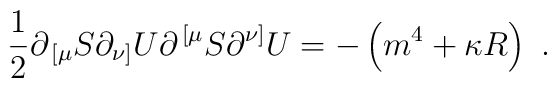
{1\over 2}\partial_{\,[\mu} S\partial_{\nu]} U	\partial^{\,[\mu} S\partial^{\nu]} U =        -\left(m^4+\kappa R\right)\ .